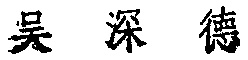
吴 深 德